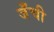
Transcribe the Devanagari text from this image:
जँची